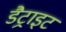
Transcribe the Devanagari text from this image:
डैट्राइट